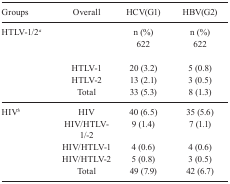
<table><thead><tr><td><b>Groups</b></td><td><b>Overall</b></td><td><b>HCV(G1)</b></td><td><b>HBV(G2)</b></td></tr></thead><tbody><tr><td>HTLV-1/2<i><sup>a</sup></i></td><td></td><td>n (%)</td><td>n (%)</td></tr><tr><td></td><td></td><td>622</td><td>622</td></tr><tr><td></td><td>HTLV-1</td><td>20 (3.2)</td><td>5 (0.8)</td></tr><tr><td></td><td>HTLV-2</td><td>13 (2.1)</td><td>3 (0.5)</td></tr><tr><td></td><td>Total</td><td>33 (5.3)</td><td>8 (1.3)</td></tr><tr><td>HIV<i><sup>b</sup></i></td><td>HIV</td><td>40 (6.5)</td><td>35 (5.6)</td></tr><tr><td></td><td>HIV/HTLV-1/-2</td><td>9 (1.4)</td><td>7 (1.1)</td></tr><tr><td></td><td>HIV/HTLV-1</td><td>4 (0.6)</td><td>4 (0.6)</td></tr><tr><td></td><td>HIV/HTLV-2</td><td>5 (0.8)</td><td>3 (0.5)</td></tr><tr><td></td><td>Total</td><td>49 (7.9)</td><td>42 (6.7)</td></tr></tbody></table>